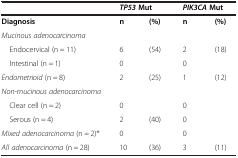
|  | <COLSPAN=2> TP53Mut | <COLSPAN=2> PIK3CAMut |
 | --- | --- | --- | --- | --- |
 | Diagnosis | n | (%) | n | (%) |
 | Mucinous adenocarcinoma |  |  |  |  |
 | Endocervical (n = 11) | 6 | (54) | 2 | (18) |
 | Intestinal (n = 1) | 0 |  | 0 |  |
 | Endometrioid (n = 8) | 2 | (25) | 1 | (12) |
 | Non-mucinous adenocarcinoma |  |  |  |  |
 | Clear cell (n = 2) | 0 |  | 0 |  |
 | Serous (n = 4) | 2 | (40) | 0 |  |
 | Mixed adenocarcinoma (n = 2)* | 0 |  | 0 |  |
 | All adenocarcinoma (n = 28) | 10 | (36) | 3 | (11) |